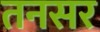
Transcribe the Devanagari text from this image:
तनसर